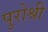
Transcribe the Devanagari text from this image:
पुरोश्री